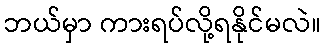
ဘယ်မှာ ကားရပ်လို့ရနိုင်မလဲ။